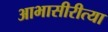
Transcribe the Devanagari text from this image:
आभासीरीत्या